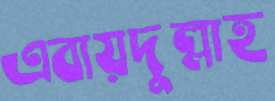
এবায়দুল্লাহ